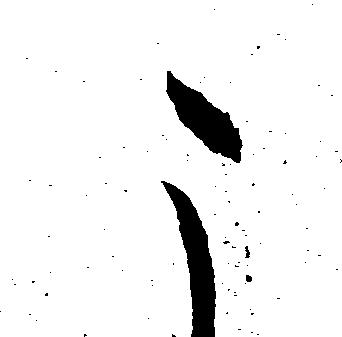
こ